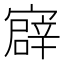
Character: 𫴎